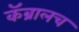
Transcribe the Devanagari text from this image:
कॅब्रालच